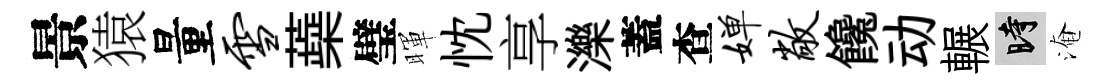
景猿量雪蘃璧暉忱享濼蓋查婵敞饞动輾时淹